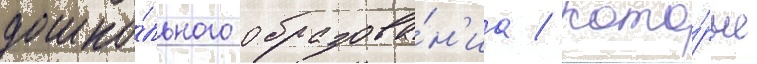
дошко́льного образова́н'иа / кото́рые